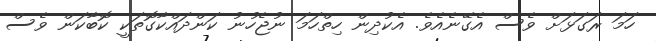
ހަމަ ރަގަޅަށް ވެސް އެގޭނެއެވެ. އެކުދިން ހިތްހަމަ ނުޖެހުނު ކަންދައްކާގޮތަކީ ކޮބާކަން ވެސް